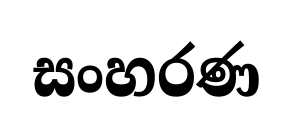
සංහරණ